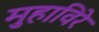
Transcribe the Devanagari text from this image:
मुहाविरे